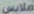
ملابس